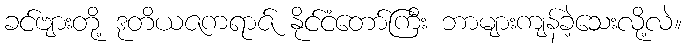
ခင်ဗျားတို့ ဒုတိယဇကရာဇ် နိုင်ငံတော်ကြီး ဘာများကျန်ခဲ့သေးလို့လဲ။